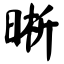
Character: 晰